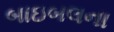
બાઇબલના